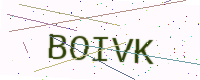
Text: BOIVK